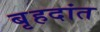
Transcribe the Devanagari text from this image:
बृहदांत